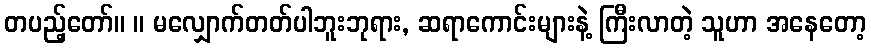
တပည့်တော်။ ။ မလျှောက်တတ်ပါဘူးဘုရား, ဆရာကောင်းများနဲ့ ကြီးလာတဲ့ သူဟာ အနေတော့